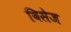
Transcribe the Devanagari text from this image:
विसेज